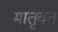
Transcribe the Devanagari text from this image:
मातृवत